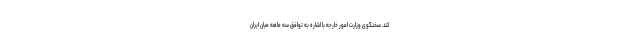
کند. سخنگوی وزارت امور خارجه با اشاره به توافق سه ماهه میان ایران